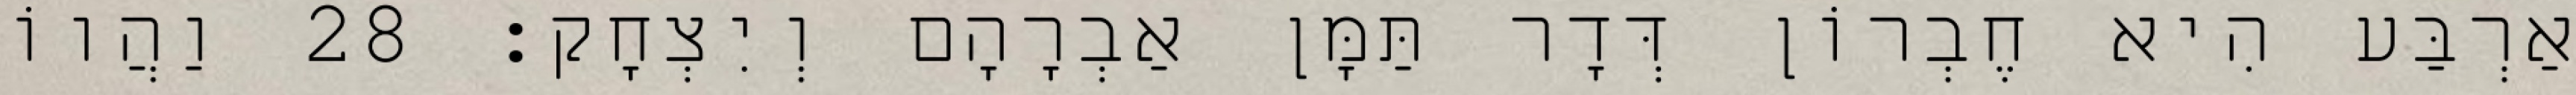
אַרְבַּע הִיא חֶבְרוֹן דְּדָר תַּמָּן אַבְרָהָם וְיִצְחָק׃ 28 וַהֲווֹ